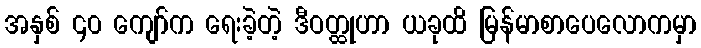
အနှစ် ၄၀ ကျော်က ရေးခဲ့တဲ့ ဒီဝတ္ထုဟာ ယခုထိ မြန်မာစာပေလောကမှာ